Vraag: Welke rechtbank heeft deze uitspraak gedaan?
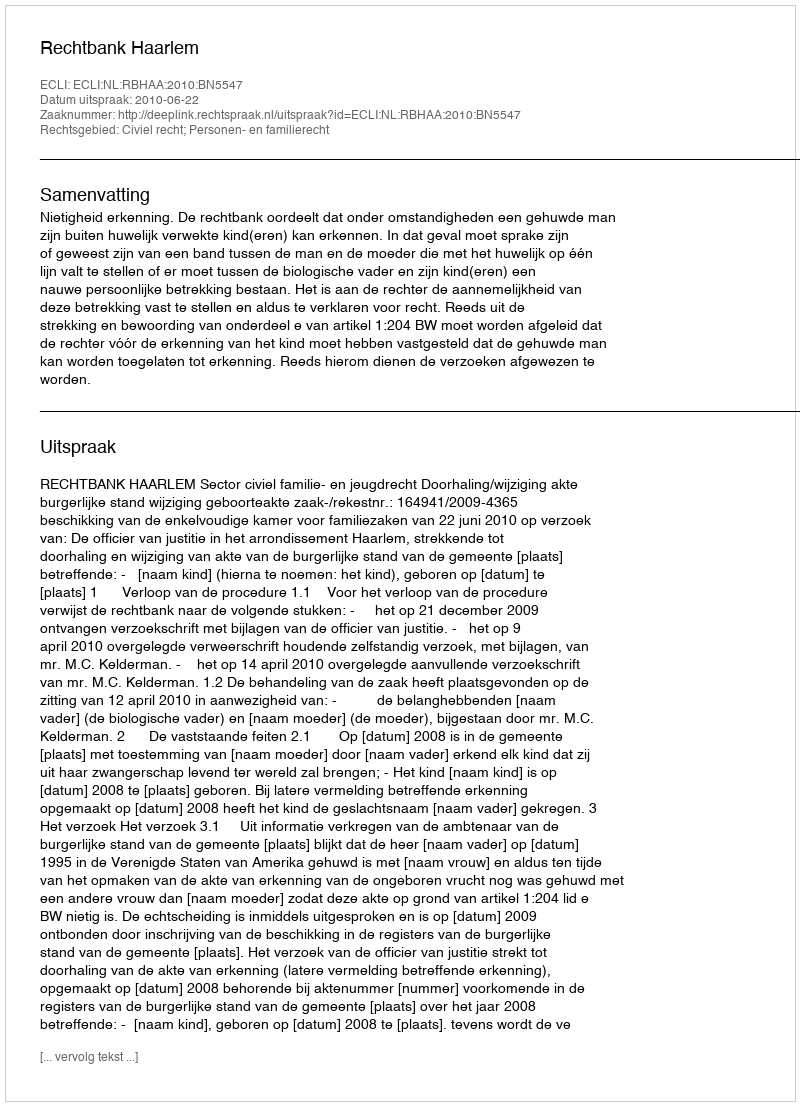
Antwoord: Rechtbank Haarlem